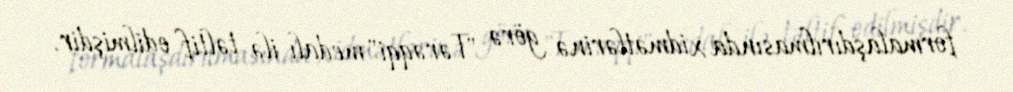
formalaşdırılmasında xidmətlərinə görə "Tərəqqi" medalı ilə təltif edilmişdir.